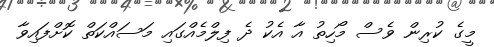
މީގެ ކުރިން ވެސް މޯހިތު އާ އެކު ދެ ފިލްމެއްގައި މަސައްކަތް ކޮށްފައިވާ